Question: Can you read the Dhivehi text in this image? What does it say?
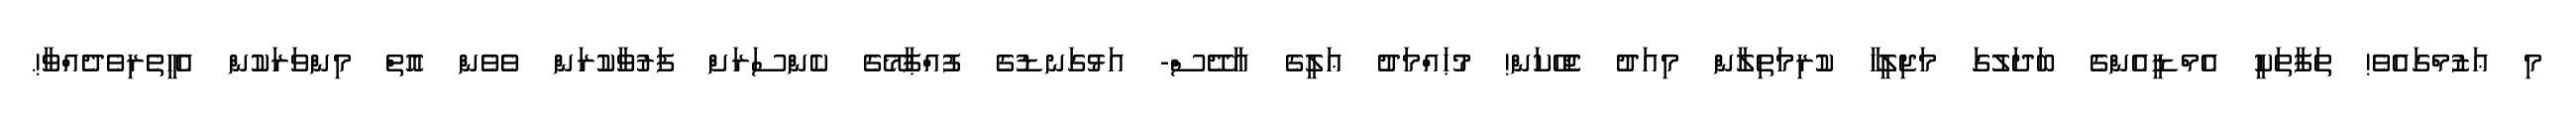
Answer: މި ޢަޒުމްގައެވެ! ތަފާތަކީ އެމްޑީއެންގެ ބަދަލުގަ މަޖިލީހާ ކުރިމަތިލާން މިއަދު ޖެހޭކަން! މުޙައްމަދު ޢަލީގެ އާދޭސް- އަޅުގަނޑުގެ ފުއްޕާމޭގެ ކެންސަރަށް ފަރުވާކުރަން ވެވެން އޮތް މިންވަރަކުން އެހީތެރިވެދެއްވާ!.